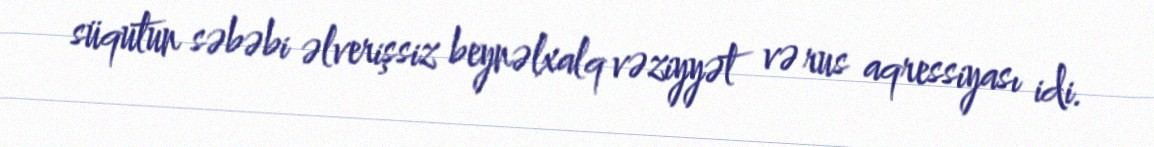
süqutun səbəbi əlverişsiz beynəlxalq vəziyyət və rus aqressiyası idi.